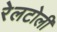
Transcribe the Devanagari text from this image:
रेलटोली